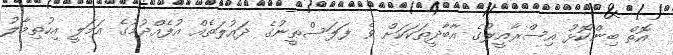
އޮތް ބިންކޮޅު އިސްރާއީލުގެ އާބާދީތަކަކަށް ވެ ފަލަސްޠީނުގެ ދައުލަތެއް އުފެއްދުމުގެ އަމަލީ އިހުތިމާލު